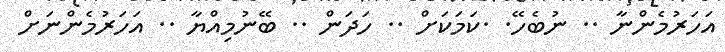
އަހަރުމެންނާ .. ނުބެހޭ. .ކަމަކަށް .. ހަދަން .. ބޭނުމިއްޔާ .. އަހަރުމެންނަށް